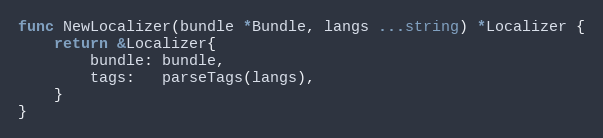
Language: Go
func NewLocalizer(bundle *Bundle, langs ...string) *Localizer {
	return &Localizer{
		bundle: bundle,
		tags:   parseTags(langs),
	}
}